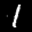
Label: 1